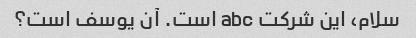
سلام، این شرکت abc است. آن یوسف است؟